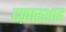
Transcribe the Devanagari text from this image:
दफ़्तरशाह